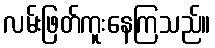
လမ်းဖြတ်ကူးနေကြသည်။